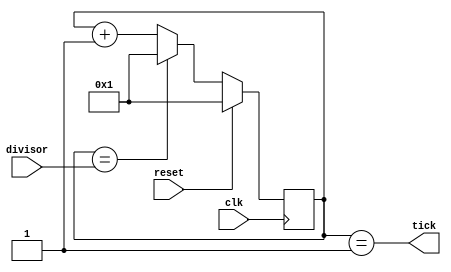
`timescale 1ns/1ns
module baude_rate_generator
	(
		input reset,
		input clk,
		input [15:0] divisor,
		output tick
	);
	
	reg [15:0] counter;
	
	always @(posedge clk)
		if (reset)
			counter = 1;
		else
			if (counter == divisor)
				counter = 1;
			else
				counter = counter + 1'b1;
	
	assign tick = (counter == 1);
	
endmodule